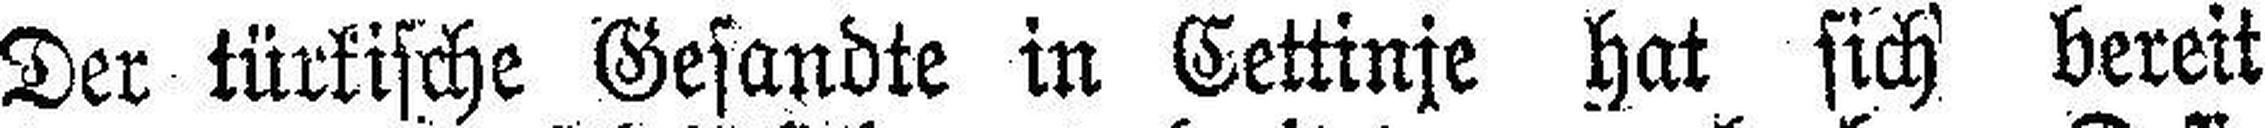
Der türkische Gesandte in Cettinje hat sich bereit